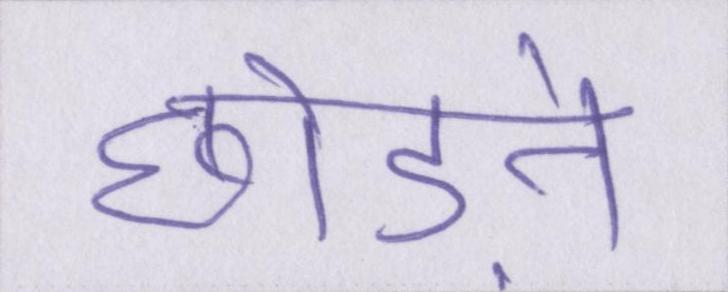
छोडऩे